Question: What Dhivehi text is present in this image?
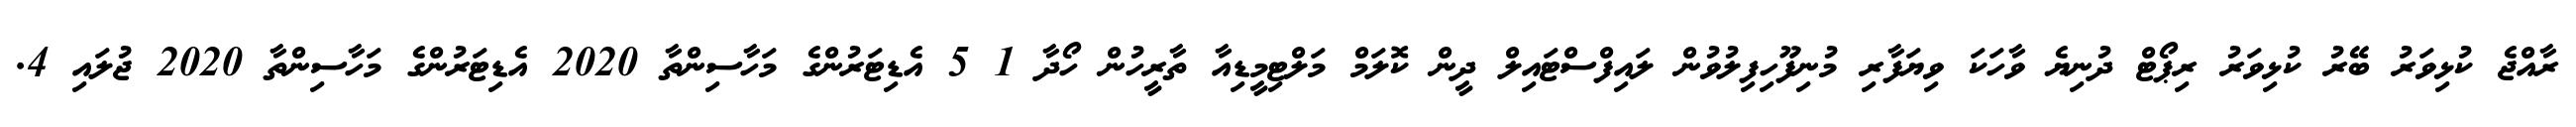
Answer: ރާއްޖެ ކުޅިވަރު ބޭރު ކުޅިވަރު ރިޕޯޓް ދުނިޔެ ވާހަކަ ވިޔަފާރި މުނިފޫހިފިލުވުން ލައިފްސްޓައިލް ދީން ކޮލަމް މަލްޓިމީޑިއާ ތާރީހުން ހޯދާ 1 5 އެޑިޓަރުންގެ މަހާސިންތާ 2020 އެޑިޓަރުންގެ މަހާސިންތާ 2020 ޖުލައި 4.